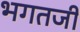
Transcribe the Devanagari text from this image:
भगतजी